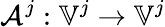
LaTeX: \mathcal{A}^{j}:\mathbb{V}^{j}\to\mathbb{V}^{j}